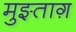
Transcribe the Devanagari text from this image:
मुझ्ताग़